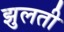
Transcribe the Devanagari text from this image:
झुलती